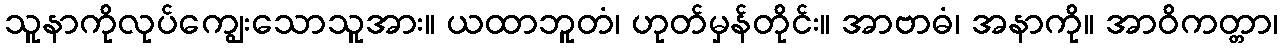
သူနာကိုလုပ်ကျွေးသောသူအား။ ယထာဘူတံ၊ ဟုတ်မှန်တိုင်း။ အာဗာဓံ၊ အနာကို။ အာဝိကတ္တာ၊